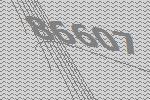
86607